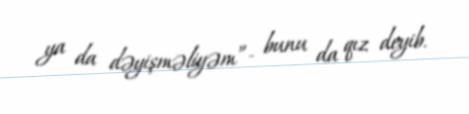
ya da dəyişməliyəm”- bunu da qız deyib.